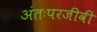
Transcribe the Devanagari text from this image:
अंतःपरजीवी